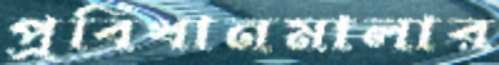
প্রবিধানমালার